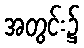
အတွင်း၌